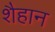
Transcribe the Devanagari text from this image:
शैहान